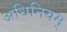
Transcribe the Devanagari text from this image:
अधिनियम्